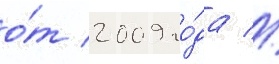
о́т 2009 го́да //